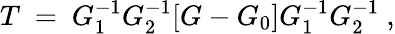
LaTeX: T\ =\ G_{1}^{-1}G_{2}^{-1}[G-G_{0}]G_{1}^{-1}G_{2}^{-1}\ ,